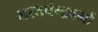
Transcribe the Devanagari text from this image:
शरतचंन्द्रवर्मा